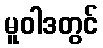
မူဝါဒတွင်